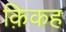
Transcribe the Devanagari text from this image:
क़िकह